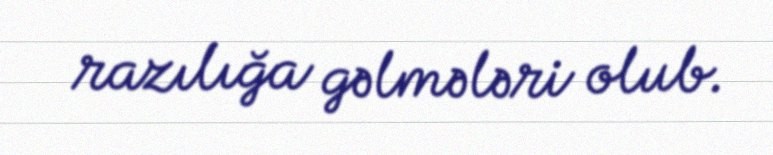
razılığa gəlmələri olub.